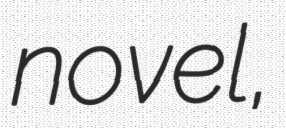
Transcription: novel,